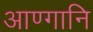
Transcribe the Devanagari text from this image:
आण्गानि